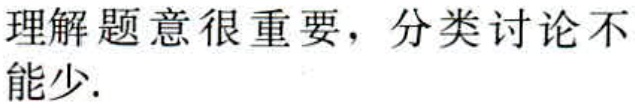
理解题意很重要，分类讨论不能少.